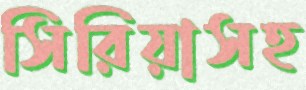
সিরিয়াসহ